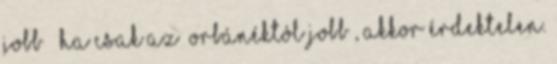
jobb ” Ha csak az „Orbánéktól jobb”, akkor érdektelen.